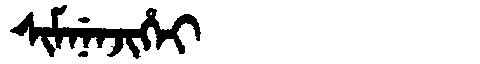
Manchu: ᠰᡳᠮᠨᡝᠨᠵᡳᡥᡝᡳ
Romanization: SIMNENJIHEI